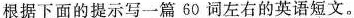
根据下面的提示写一篇60词左右的英语短文。